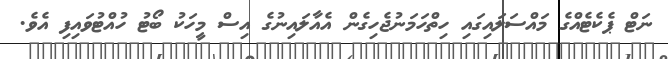
ނަޓް ޕެކެޓެއްގެ މައްސަލައިގައި ހިތްހަމަނުޖެހިގެން އެއާލައިނުގެ އިސް މީހަކު ބޯޓު ހުއްޓުވައިފި އެވެ.